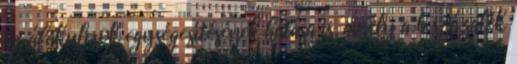
az áfakulcsok egységesítésének hatása is, amely a 6 százalék